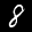
Label: 8